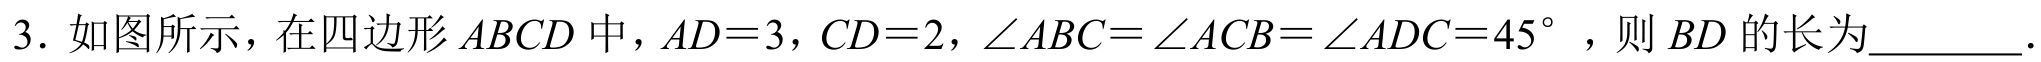
3. 如图所示，在四边形$ABCD$中，$AD = 3$，$CD = 2$，$\angle ABC=\angle ACB=\angle ADC = 45^{\circ}$，则$BD$的长为________．